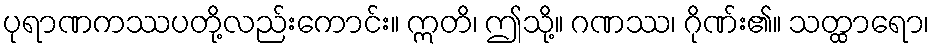
ပုရာဏကဿပတို့လည်းကောင်း။ ဣတိ၊ ဤသို့။ ဂဏဿ၊ ဂိုဏ်း၏။ သတ္ထာရော၊